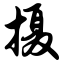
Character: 摄